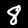
Label: 8